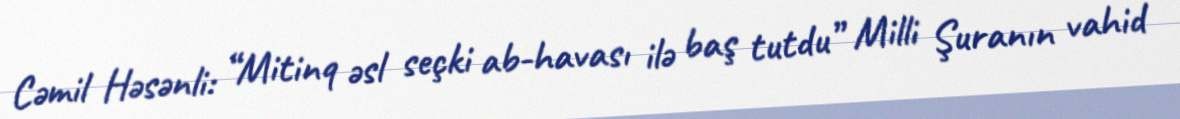
Cəmil Həsənli: “Mitinq əsl seçki ab-havası ilə baş tutdu” Milli Şuranın vahid